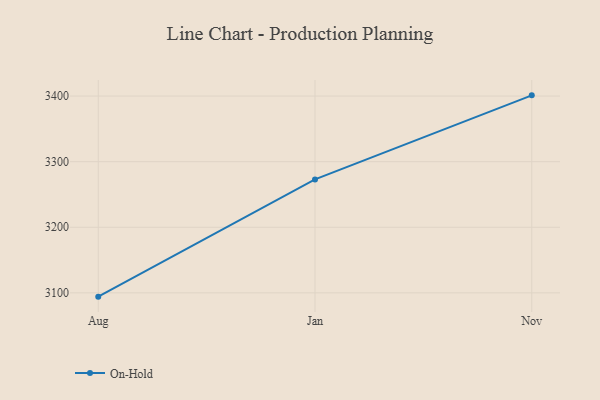
{"axis": {"x": "Month", "y": "Backlog"}, "legend": ["On-Hold"], "data": [{"x": "Aug", "y": 3094.2, "type": "On-Hold"}, {"x": "Jan", "y": 3272.9, "type": "On-Hold"}, {"x": "Nov", "y": 3401.1, "type": "On-Hold"}]}